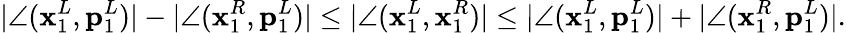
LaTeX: |\angle(\mathbf{x}_{1}^{L},\mathbf{p}_{1}^{L})|-|\angle(\mathbf{x}_{1}^{R},\mathbf{p}_{1}^{L})|\leq|\angle(\mathbf{x}_{1}^{L},\mathbf{x}_{1}^{R})|\leq|\angle(\mathbf{x}_{1}^{L},\mathbf{p}_{1}^{L})|+|\angle(\mathbf{x}_{1}^{R},\mathbf{p}_{1}^{L})|.